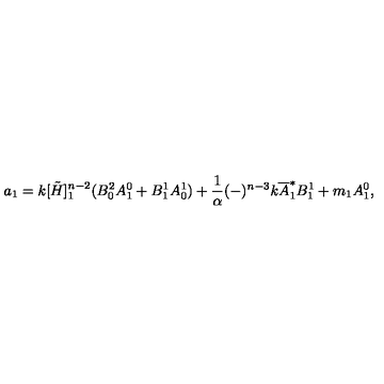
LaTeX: a _ { 1 } = k [ \tilde { H } ] _ { 1 } ^ { n - 2 } ( B _ { 0 } ^ { 2 } A _ { 1 } ^ { 0 } + B _ { 1 } ^ { 1 } A _ { 0 } ^ { 1 } ) + \frac { 1 } { \alpha } ( - ) ^ { n - 3 } k { \overline { A } } _ { 1 } ^ { * } B _ { 1 } ^ { 1 } + m _ { 1 } A _ { 1 } ^ { 0 } ,